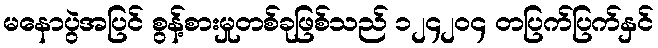
မနောပွဲအပြင် စွန့်စားမှုတစ်ခုဖြစ်သည် ၁၂၄၂၀၄ တပြက်ပြက်နှင်